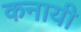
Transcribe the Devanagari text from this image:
कनायी